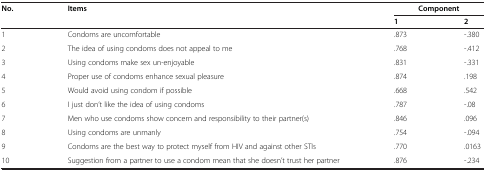
<table><thead><tr><td rowspan="2"><b>No.</b></td><td rowspan="2"><b>Items</b></td><td colspan="2"><b>Component</b></td></tr><tr><td><b>1</b></td><td><b>2</b></td></tr></thead><tbody><tr><td>1</td><td>Condoms are uncomfortable</td><td>.873</td><td>-.380</td></tr><tr><td>2</td><td>The idea of using condoms does not appeal to me</td><td>.768</td><td>-.412</td></tr><tr><td>3</td><td>Using condoms make sex un-enjoyable</td><td>.831</td><td>-.331</td></tr><tr><td>4</td><td>Proper use of condoms enhance sexual pleasure</td><td>.874</td><td>.198</td></tr><tr><td>5</td><td>Would avoid using condom if possible</td><td>.668</td><td>.542</td></tr><tr><td>6</td><td>I just don’t like the idea of using condoms</td><td>.787</td><td>-.08</td></tr><tr><td>7</td><td>Men who use condoms show concern and responsibility to their partner(s)</td><td>.846</td><td>.096</td></tr><tr><td>8</td><td>Using condoms are unmanly</td><td>.754</td><td>-.094</td></tr><tr><td>9</td><td>Condoms are the best way to protect myself from HIV and against other STIs</td><td>.770</td><td>.0163</td></tr><tr><td>10</td><td>Suggestion from a partner to use a condom mean that she doesn’t trust her partner</td><td>.876</td><td>-.234</td></tr></tbody></table>